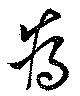
為